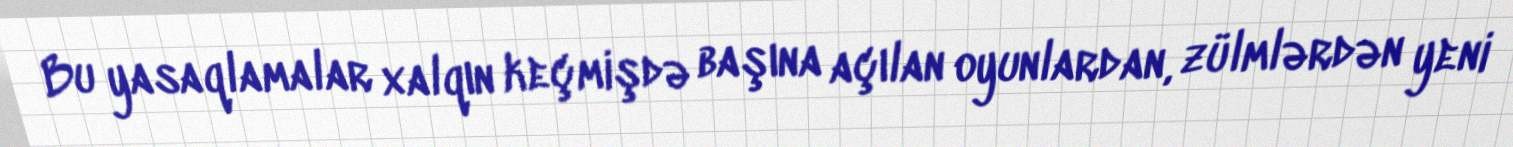
Bu yasaqlamalar xalqın keçmişdə başına açılan oyunlardan, zülmlərdən yeni